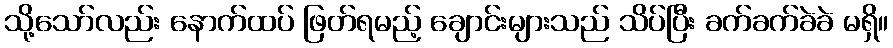
သို့သော်လည်း နောက်ထပ် ဖြတ်ရမည့် ချောင်းများသည် သိပ်ပြီး ခက်ခက်ခဲခဲ မရှိ။